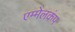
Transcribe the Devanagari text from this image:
एम्मेलकंप